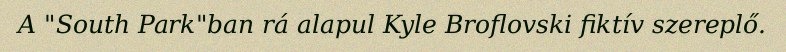
A "South Park"ban rá alapul Kyle Broflovski fiktív szereplő.